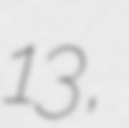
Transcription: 13,